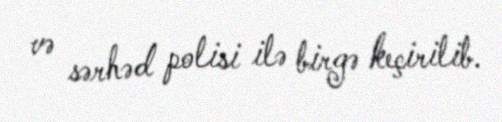
və sərhəd polisi ilə birgə keçirilib.